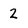
Character: 2